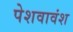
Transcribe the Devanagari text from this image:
पेशवावंश